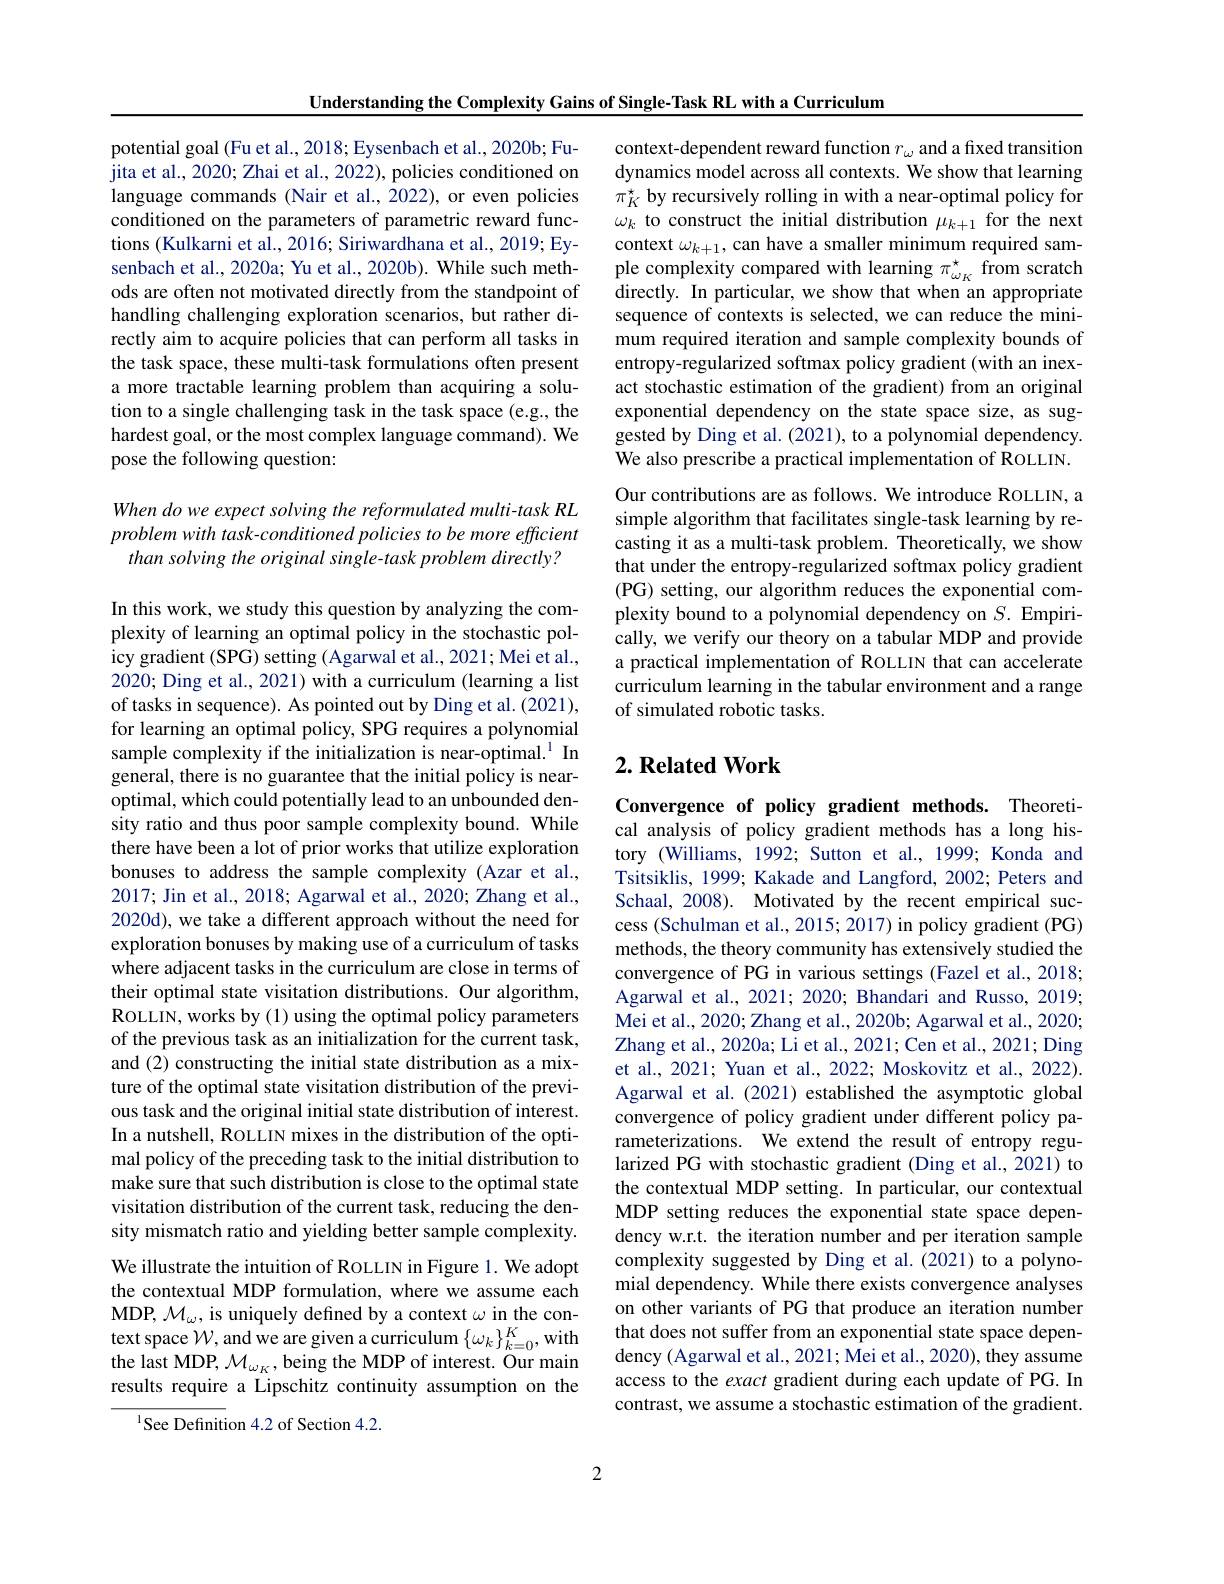
Understanding the Complexity Gains of Single-Task RL with a Curriculum

potential goal (Fu et al., 2018; Eysenbach et al., 2020b; Fujita et al., 2020; Zhai et al., 2022), policies conditioned on language commands (Nair et al., 2022), or even policies conditioned on the parameters of parametric reward functions (Kulkarni et al., 2016; Siriwardhana et al., 2019; Eysenbach et al., 2020a; Yu et al., 2020b). While such meth- ple complexity compared with learning $\pi_{\omega\kappa}^{\star}$ from scratch ods offom the standpoint of directly. In particular, we show that when an appropriate
handling challenging exploration scenarios, but rather directly aim to acquire policies that can perform all tasks in the task space, these multi-task formulations often present a more tractable learning problem than acquiring a solution to a single challenging task in the task space (e.g., the hardest goal, or the most complex language command). We pose the following question:

When do we expect solving the reformulated multi-task RL problem with task-conditioned policies to be more efficient
than solving the original single-task problem directly?

In this work, we study this question by analyzing the complexity of learning an optimal policy in the stochastic policy gradient (SPG) setting (Agarwal et al., 2021; Mei et al., 2020; Ding et al., 2021) with a curriculum (learning a list of tasks in sequence). As pointed out by Ding et al. (2021), for learning an optimal policy, SPG requires a polynomial sample complexity if the initialization is near-optimal.$^{1}$ In general, there is no guarantee that the initial policy is nearoptimal, which could potentially lead to an unbounded density ratio and thus poor sample complexity bound. While there have been a lot of prior works that utilize exploration bonuses to address the sample complexity (Azar et al., 2017; Jin et al., 2018; Agarwal et al., 2020; Zhang et al., 2020d), we take a different approach without the need for exploration bonuses by making use of a curriculum of tasks where adjacent tasks in the curriculum are close in terms of their optimal state visitation distributions. Our algorithm, ROLLIN, works by (1) using the optimal policy parameters of the previous task as an initialization for the current task, and (2) constructing the initial state distribution as a mixture of the optimal state visitation distribution of the previous task and the original initial state distribution of interest. In a nutshell, ROLLIN mixes in the distribution of the optimal policy of the preceding task to the initial distribution to make sure that such distribution is close to the optimal state visitation distribution of the current task, reducing the density mismatch ratio and yielding better sample complexity. We illustrate the intuition of ROLLIN in Figure 1. We adopt the contextual MDP formulation, where we assume each MDP, $\mathcal{M}_\omega$, is uniquely defined by a context $\omega$ in the context space $\mathcal{W}$, and we are given a curriculum $\{\omega_k\}_{k=0}^K$, with the last MDP, $\mathcal{M}_\omega_K$, being the MDP of interest. Our main results require a Lipschitz continuity assumption on the
$^{1}$See Definition 4.2 of Section 4.2.

2

context-dependent reward function $r_\omega$ and a fixed transition dynamics model across all contexts. We show that learning $\pi_K^*$ by recursively rolling in with a near-optimal policy for $\omega_k$ to construct the initial distribution $\mu_k+1$ for the next context $\omega_k+1$, can have a smaller minimum required samsequence of contexts is selected, we can reduce the minimum required iteration and sample complexity bounds of entropy-regularized softmax policy gradient (with an inexact stochastic estimation of the gradient) from an original exponential dependency on the state space size, as suggested by Ding et al. (2021), to a polynomial dependency. We also prescribe a practical implementation of ROLLIN. Our contributions are as follows. We introduce ROLLIN, a simple algorithm that facilitates single-task learning by recasting it as a multi-task problem. Theoretically, we show that under the entropy-regularized softmax policy gradient (PG) setting, our algorithm reduces the exponential complexity bound to a polynomial dependency on $S.$ Empirically, we verify our theory on a tabular MDP and provide a practical implementation of ROLLIN that can accelerate curriculum learning in the tabular environment and a range of simulated robotic tasks.

## $2. \textbf{ Related Work}$

Convergence of policy gradient methods. Theoretical analysis of policy gradient methods has a long history (Williams, 1992; Sutton et al., 1999; Konda and Tsitsiklis, 1999; Kakade and Langford, 2002; Peters and Schaal, 2008). Motivated by the recent empirical success (Schulman et al., 2015; 2017) in policy gradient (PG) methods, the theory community has extensively studied the convergence of PG in various settings (Fazel et al., 2018; Agarwal et al., 2021; 2020; Bhandari and Russo, 2019; Mei et al., 2020; Zhang et al., 2020b; Agarwal et al., 2020; Zhang et al., 2020a; Li et al., 2021; Cen et al., 2021; Ding et al., 2021; Yuan et al., 2022; Moskovitz et al., 2022). Agarwal et al. (2021) established the asymptotic global convergence of policy gradient under different policy parameterizations. We extend the result of entropy regularized PG with stochastic gradient (Ding et al., 2021) to the contextual MDP setting. In particular, our contextual MDP setting reduces the exponential state space dependency w.r.t. the iteration number and per iteration sample complexity suggested by Ding et al.(2021) to a polynomial dependency. While there exists convergence analyses on other variants of PG that produce an iteration number that does not suffer from an exponential state space dependency (Agarwal et al., 2021; Mei et al., 2020), they assume access to the exact gradient during each update of PG. In contrast, we assume a stochastic estimation of the gradient.